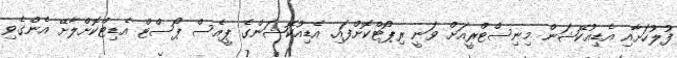
ފުލުހަށާއި އެޑިއުކޭޝަން މިނިސްޓްރީއަށް ވަނީ ރިޕޯޓްކޮށްފައި. އެޑިއުކޭޝަންގެ ޕީއެސް ޕޯސްޓް އެޑިޓްކޮށްލާށޭ އެންގެވި